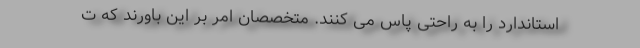
استاندارد را به راحتی پاس می کنند. متخصصان امر بر این باورند که ت